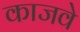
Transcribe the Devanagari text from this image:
काजवे